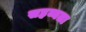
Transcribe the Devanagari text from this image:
सहय्यता